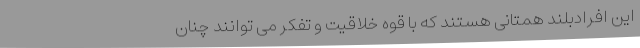
این افرادبلند همتانی هستند که با قوه خلاقیت و تفکر می توانند چنان